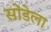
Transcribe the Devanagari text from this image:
सोंडेला